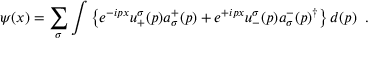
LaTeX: \psi ( x ) = \sum _ { \sigma } \int \left\{ e ^ { - i p x } u _ { + } ^ { \sigma } ( p ) a _ { \sigma } ^ { + } ( p ) + e ^ { + i p x } u _ { - } ^ { \sigma } ( p ) { a _ { \sigma } ^ { - } ( p ) } ^ { \dagger } \right\} d ( p ) \; \; .